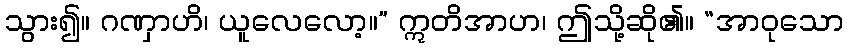
သွား၍။ ဂဏှာဟိ၊ ယူလေလော့။” ဣတိအာဟ၊ ဤသို့ဆို၏။ “အာဝုသော